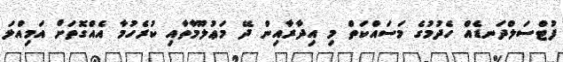
ފުޓްސަލްދަނޑެއް ހެދުމުގެ މަސައްކަތް މި އިދާރާއިން ދޭ މަޢުލޫމާތާއި ކުރެހުމާ އެއްގޮތަށް އަމިއްލަ